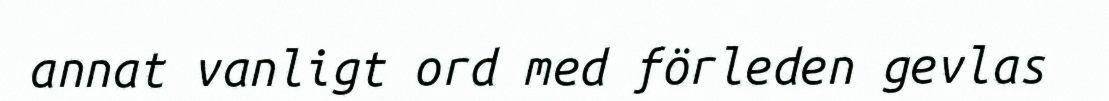
annat vanligt ord med förleden gevlas